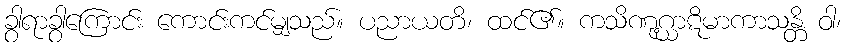
ခွါရာခွါကြောင်း ကောင်းကင်မျှသည်။ ပညာယတိ၊ ထင်၏။ ကသိဏုဂ္ဃာဋိမာကာသန္တိ ဝါ၊